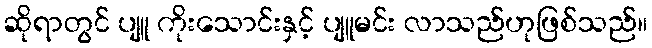
ဆိုရာတွင် ပျူ ကိုးသောင်းနှင့် ပျူမင်း လာသည်ဟုဖြစ်သည်။